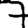
Digit: 7